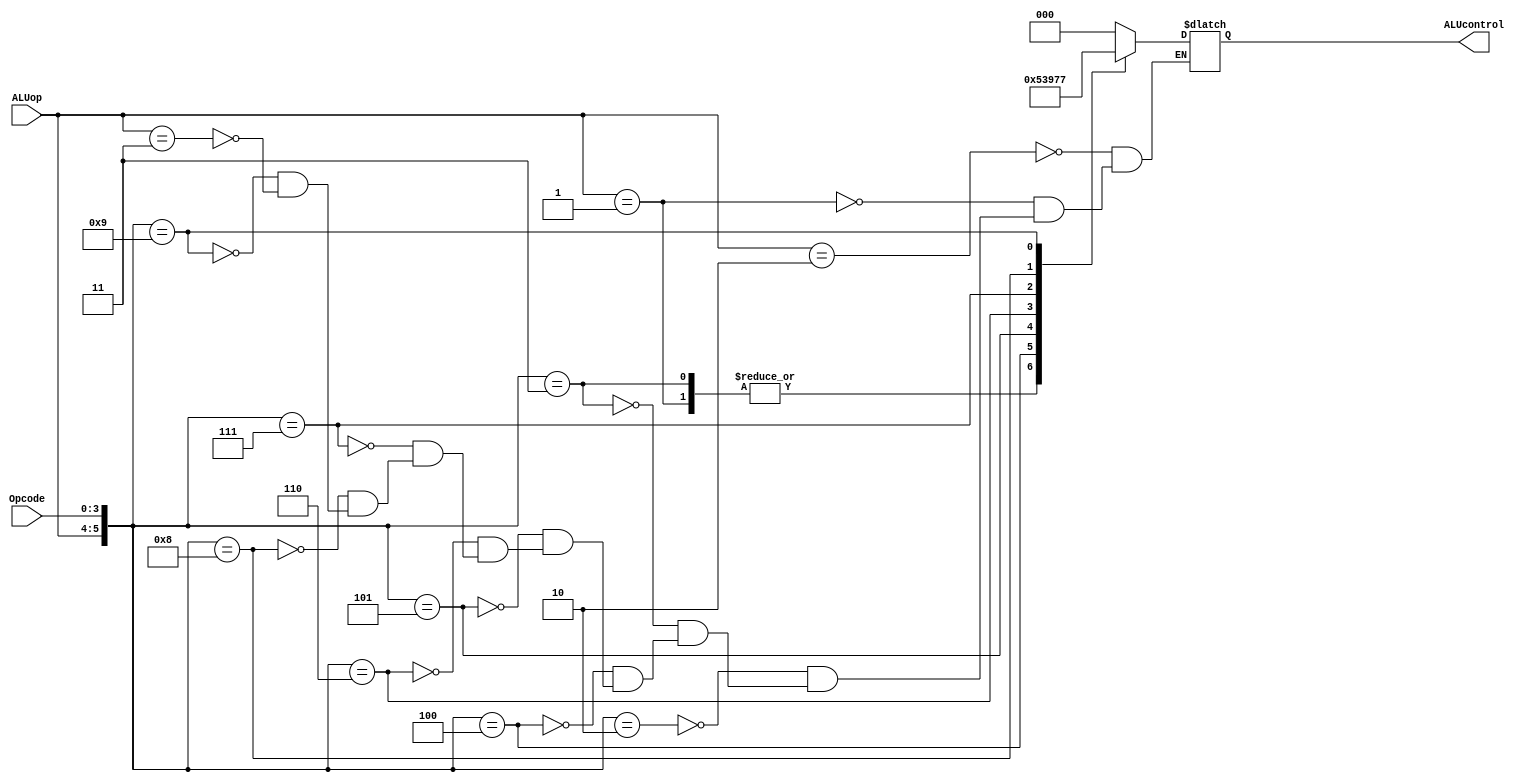
module ALUcontrolUnit(ALUop, Opcode, ALUcontrol);
	input [1:0] ALUop;
	input [3:0] Opcode;
	output [2:0] ALUcontrol;
	
	reg [2:0] ALUcontrol;
	wire [5:0] ALUcontrolIn;
	assign ALUcontrolIn = {ALUop, Opcode};
	always @(ALUcontrolIn) begin
		casex (ALUcontrolIn)
			6'b10xxxx: ALUcontrol <= 3'b000;
			6'b01xxxx: ALUcontrol <= 3'b001;
			6'b000010: ALUcontrol <= 3'b000;
			6'b000011: ALUcontrol <= 3'b001;
			6'b000100: ALUcontrol <= 3'b010;
			6'b000101: ALUcontrol <= 3'b011;
			6'b000110: ALUcontrol <= 3'b100;
			6'b000111: ALUcontrol <= 3'b101;
			6'b001000: ALUcontrol <= 3'b110;
			6'b001001: ALUcontrol <= 3'b111;
			6'b11xxxx: ALUcontrol <= 3'b000;
		endcase
	end
endmodule